Report of an investigation into the causes of the diseases known in Assam as Kála-Azár and Beri-Beri
Disease focus: Beri-Beri
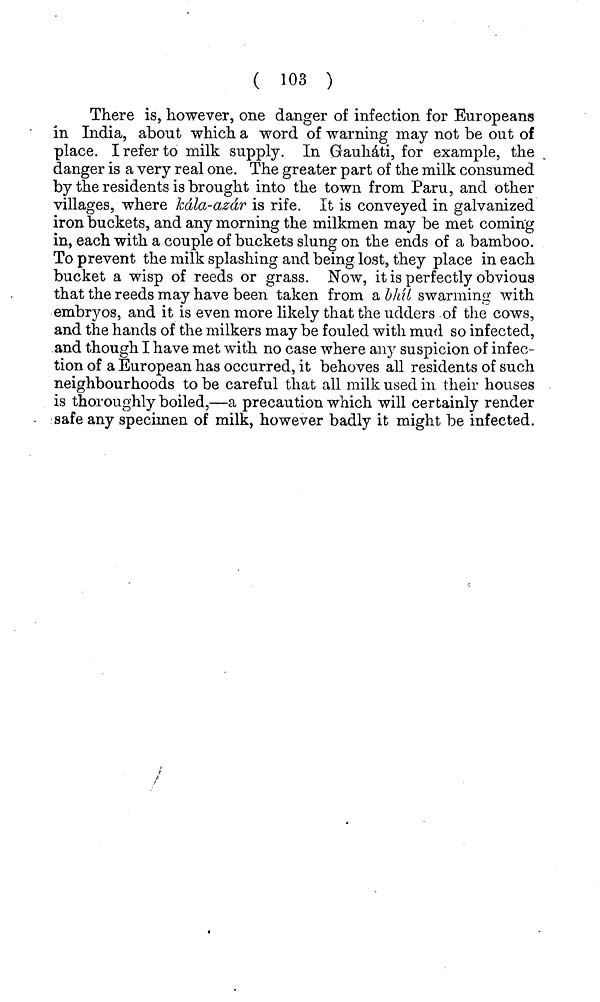
( 103 )
There is, however, one danger of infection for Europeans
in India, about which a word of warning may not be out of
place. I refer to milk supply. In Gauhati, for example, the
danger is a very real one. The greater part of the milk consumed
by the residents is brought into the town from Paru, and other
villages, where kdla-azdr is rife. It is conveyed in galvanized
iron buckets, and any morning the milkmen may be met coming
in, each with a couple of buckets slung on the ends of a bamboo.
To prevent the milk splashing and being lost, they place in each
bucket a wisp of reeds or grass. Now, it is perfectly obvious
that the reeds may have been taken from a bhil swarming with
embryos, and it is even more likely that the udders of the cows,
and the hands of the milkers may be fouled with mud so infected,
and though I have met with no case where any suspicion of infec-
tion of a European has occurred, it behoves all residents of such
neighbourhoods to be careful that all milk used in their houses
is thoroughly boiled,—a precaution which will certainly render
safe any specimen of milk, however badly it might be infected.